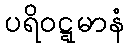
ပရိဝဋ္ဋမာနံ